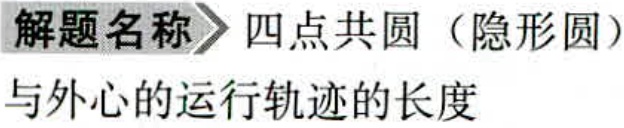
解题名称\(>\)四点共圆（隐形圆）
与外心的运行轨迹的长度